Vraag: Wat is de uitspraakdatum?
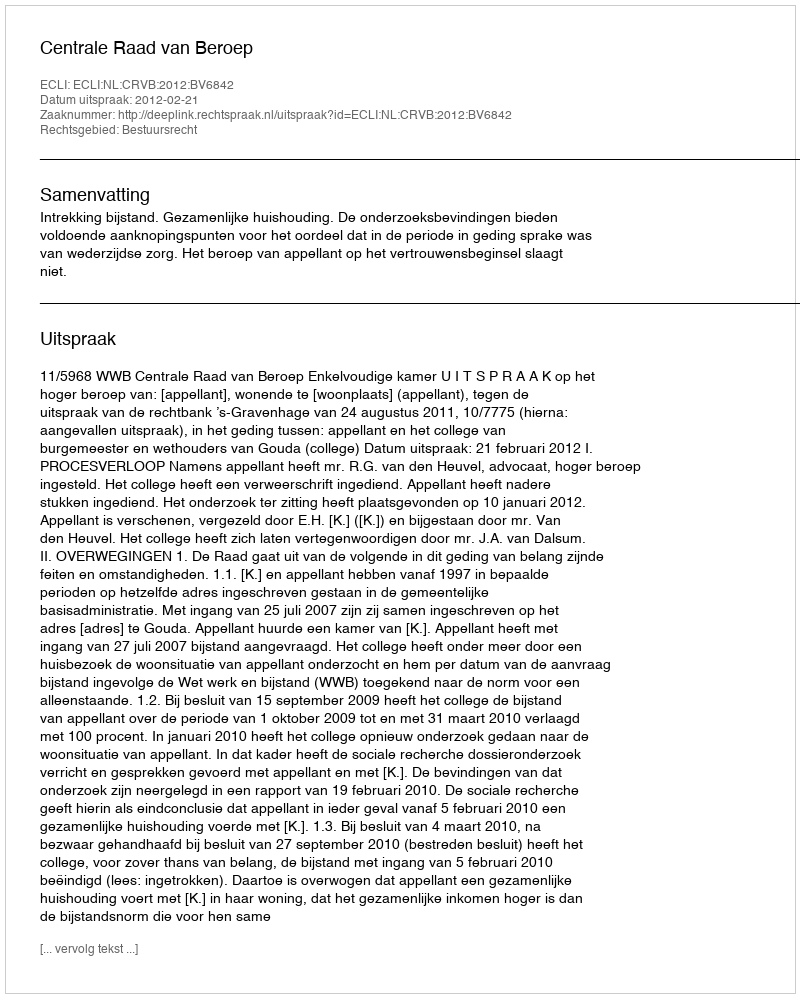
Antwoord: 2012-02-21